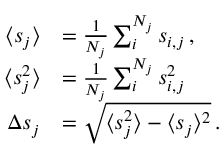
\begin{array} { r l } { \langle s _ { j } \rangle } & { = \frac { 1 } { N _ { j } } \sum _ { i } ^ { N _ { j } } s _ { i , j } \, , } \\ { \langle s _ { j } ^ { 2 } \rangle } & { = \frac { 1 } { N _ { j } } \sum _ { i } ^ { N _ { j } } s _ { i , j } ^ { 2 } \, } \\ { \Delta s _ { j } } & { = \sqrt { \langle s _ { j } ^ { 2 } \rangle - \langle s _ { j } \rangle ^ { 2 } } \, . } \end{array}